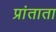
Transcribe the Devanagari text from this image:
प्रांताता